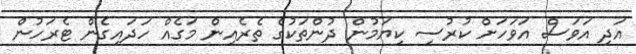
އަދި އަވަސް އަވަހަށް ކުރުސި ކިޔަމުން ދުންތަކުގެ ތެރެއިން މަގެއް ހަދައިގެން ޓެރަހުން